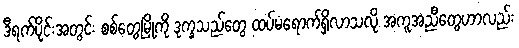
ဒီရက်ပိုင်းအတွင်း စစ်တွေမြို့ကို ဒုက္ခသည်တွေ ထပ်မံရောက်ရှိလာသလို အကူအညီတွေဟာလည်း